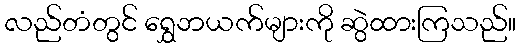
လည်တံတွင် ရွှေဘယက်များကို ဆွဲထားကြသည်။